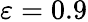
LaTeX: \varepsilon=0.9